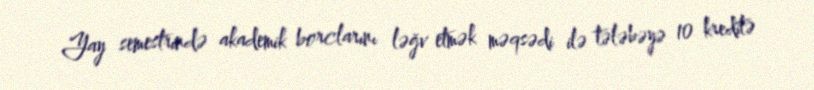
Yay semestrində akademik borclarını ləğv etmək məqsədi ilə tələbəyə 10 kreditə